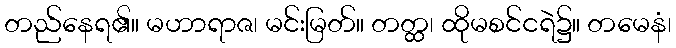
တည်နေရ၏။ မဟာရာဇ၊ မင်းမြတ်။ တတ္ထ၊ ထိုမစင်ငရဲ၌။ တမေနံ၊